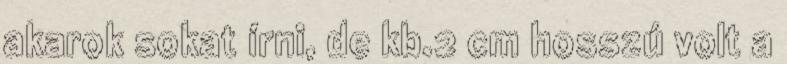
akarok sokat írni, de kb.2 cm hosszú volt a